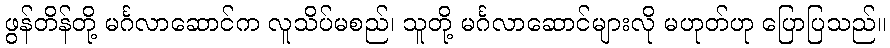
ဖွန်တိန်တို့ မင်္ဂလာဆောင်က လူသိပ်မစည်၊ သူတို့ မင်္ဂလာဆောင်များလို မဟုတ်ဟု ပြောပြသည်။